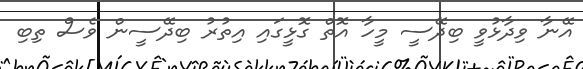
އޭނާ ވިދާޅުވީ ބިދޭސީ މީހާ އޮތް ގޮޅީގައި އިތުރު ބިދޭސީން ވެސް ތިބި